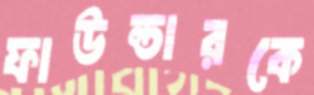
ফাউন্ডারকে